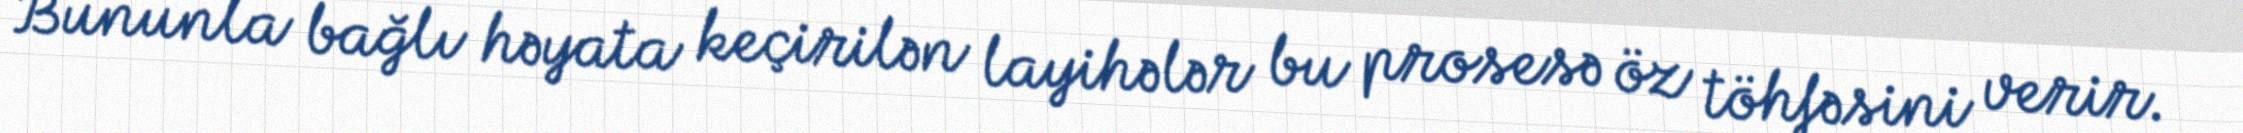
Bununla bağlı həyata keçirilən layihələr bu prosesə öz töhfəsini verir.